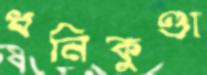
ধনিকুণ্ডা